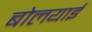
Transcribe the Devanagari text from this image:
बोलयाई